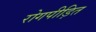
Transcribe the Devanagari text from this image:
रोगपीड़ित